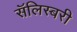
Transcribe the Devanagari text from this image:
सॅलिस्बरी